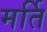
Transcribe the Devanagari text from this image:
मर्ति